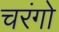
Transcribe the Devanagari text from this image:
चरंगो